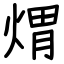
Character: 煟